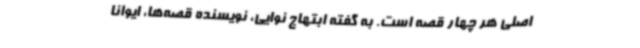
اصلی هر چهار قصه است. به گفته ابتهاج نوایی، نویسنده قصه‌ها، ایوانا